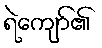
ရဲကျော်၏